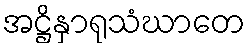
အဋ္ဌိနှာရုသံဃာတေ